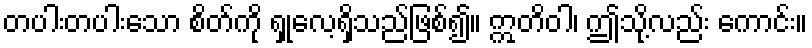
တပါးတပါးသော စိတ်ကို ရှုလေ့ရှိသည်ဖြစ်၍။ ဣတိဝါ၊ ဤသို့လည်း ကောင်း။